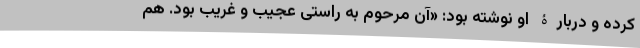
کرده و دربارۀ او نوشته بود: «‌آن مرحوم به راستی عجیب و غریب بود. هم